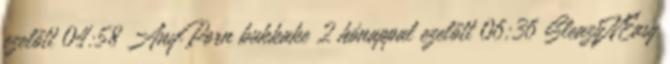
ezelőtt 04:58 AnyPorn bukkake 2 hónappal ezelőtt 06:36 SleazyNEasy